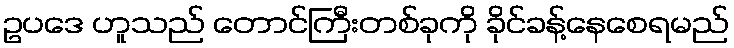
ဥပဒေ ဟူသည် တောင်ကြီးတစ်ခုကို ခိုင်ခန့်နေစေရမည်